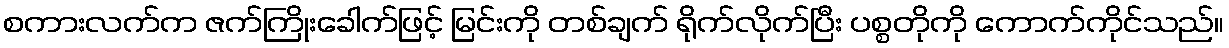
စကားလက်က ဇက်ကြိုးခေါက်ဖြင့် မြင်းကို တစ်ချက် ရိုက်လိုက်ပြီး ပစ္စတိုကို ကောက်ကိုင်သည်။